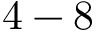
4 - 8